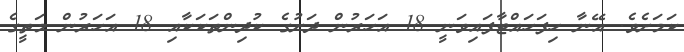
ކަމަށެވެ. އޭނާ ހިފަހައްޓާފައިވަނީ 18 އަހަރުން ދަށުގެ ކުދިންތަކަކާއި 18 އަހަރުން މަތީގެ